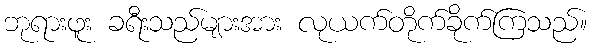
ဘုရားဖူး ခရီးသည်များအား လုယက်တိုက်ခိုက်ကြသည်။